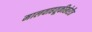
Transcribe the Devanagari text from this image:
मालवाहतूकीखेरीज